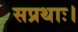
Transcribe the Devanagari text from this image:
सप्रथाः।